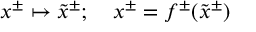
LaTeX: x ^ { \pm } \mapsto \tilde { x } ^ { \pm } ; ~ ~ ~ x ^ { \pm } = f ^ { \pm } ( \tilde { x } ^ { \pm } )